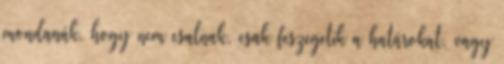
mondanák, hogy nem csalnak, csak feszegetik a határokat, vagy